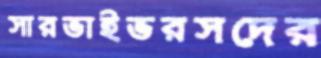
সারভাইভরসদের